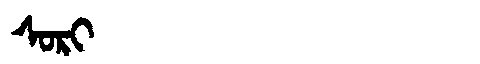
Manchu: ᠰᠣᡵᡳ
Romanization: SORI